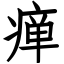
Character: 瘅